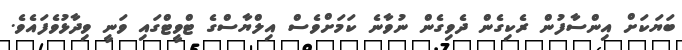
ބަޔަކަށް އިންސާފުން ރެކިގެން ދެވިގެން ނުވާނެ ކަމަށްވެސް އިލްޔާސްގެ ޓްވީޓްގައި ވަނީ ވިދާޅުވެފައެވެ.